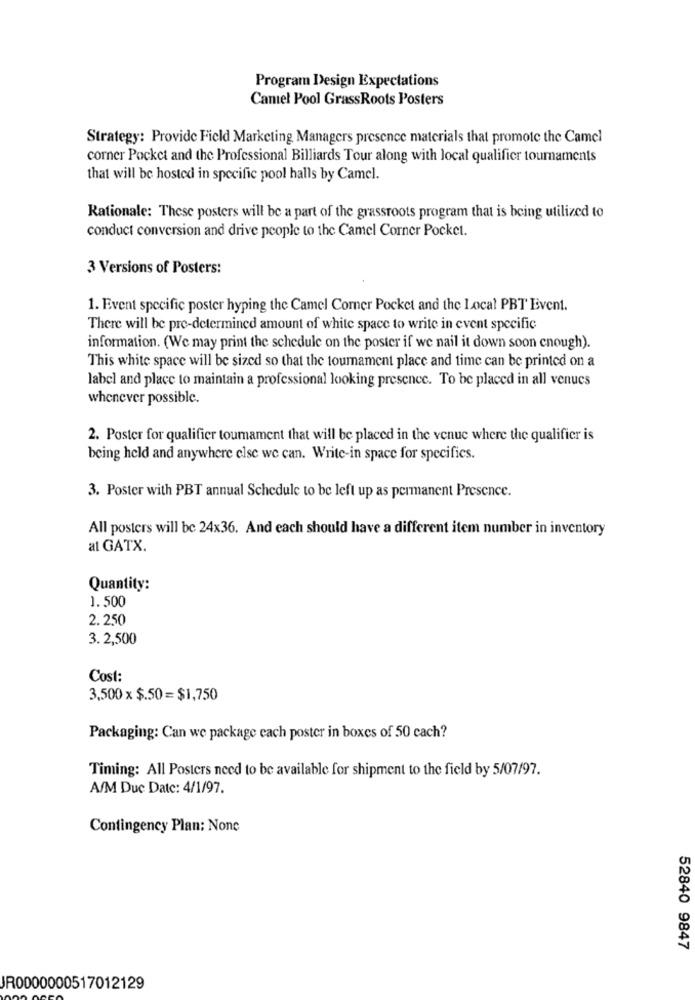
Program Design Expectations
Camel Pool GrassRoots Posters
Strategy: Provide Field Marketing Managers presence materials that promote the Camel
corner Pocket and the Professional Billiards Tour along with local qualifier tournaments
that will be hosted in specific pool halls by Camel.
Rationale: These posters will be a part of the grassroots program that is being utilized to
conduct conversion and drive people to the Camel Corner Pocket.
3 Versions of Posters:
1. Event specific poster hyping the Camel Comer Pocket and the Local PBT Event.
There will be pre-determined amount of white space to write in event specific
information. (We may print the schedule on the poster if we nail it down soon enough).
This white space will be sized so that the tournament place and time can be printed on a
label and place to maintain a professional looking presence. To be placed in all venues
whenever possible.
2. Poster for qualifier tournament that will be placed in the venue where the qualifier is
being held and anywhere else we can. Write-in space for specifics.
3. Poster with PBT annual Schedule to be left up as permanent Presence.
All posters will be 24x36. And each should have a different item number in inventory
al GATX.
Quantity:
1.500
2. 250
3. 2,500
Cost:
3,500 x $.50= $1,750
Packaging: Can we package cach poster in boxes of 50 cach?
Timing: All Posters need to be available for shipment to the field by 5/07/97.
A/M Due Date: 4/1/97.
Contingency Plan: None
52840 9847
JR0000000517012129